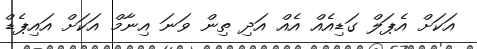
އަކަށް އެޕަލް ގަޑިއެއް އެއް އަދި ތިން ވަނަ އިނާމް އަކަށް އައިޕެޑް